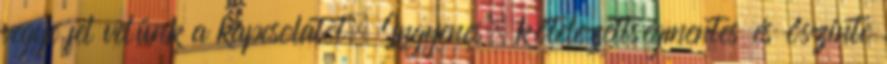
vegye fel velünk a kapcsolatot. Ingyenes, kötelezettségmentes és őszinte